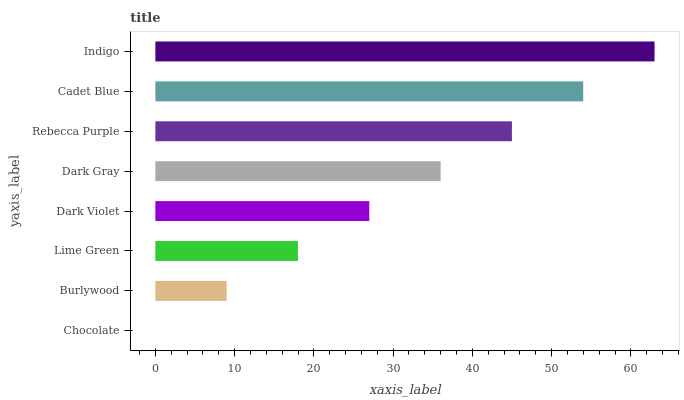
| yaxis_label | bars |
 | --- | --- |
 | Chocolate | 0 |
 | Burlywood | 9 |
 | Lime Green | 18 |
 | Dark Violet | 27 |
 | Dark Gray | 36 |
 | Rebecca Purple | 45 |
 | Cadet Blue | 54 |
 | Indigo | 63 |